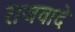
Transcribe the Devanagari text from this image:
राजवादे